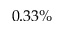
0 . 3 3 \%